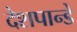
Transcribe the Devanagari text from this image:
देशपान्डे